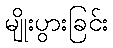
မျိုးပွားခြင်း